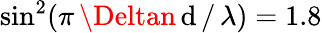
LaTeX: \sin^{2}(\pi\, \Deltan\, \mathrm{d}\, /\, \lambda)=1.8